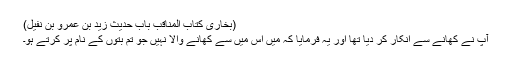
(بخاری کتاب المناقب باب حدیث زید بن عمرو بن نفیل)
آپؐ نے کھانے سے انکار کر دیا تھا اور یہ فرمایا کہ مَیں اس میں سے کھانے والا نہیں جو تم بتوں کے نام پر کرتے ہو۔